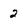
Character: 2